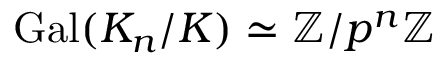
\operatorname { G a l } ( K _ { n } / K ) \simeq \mathbb { Z } / p ^ { n } \mathbb { Z }